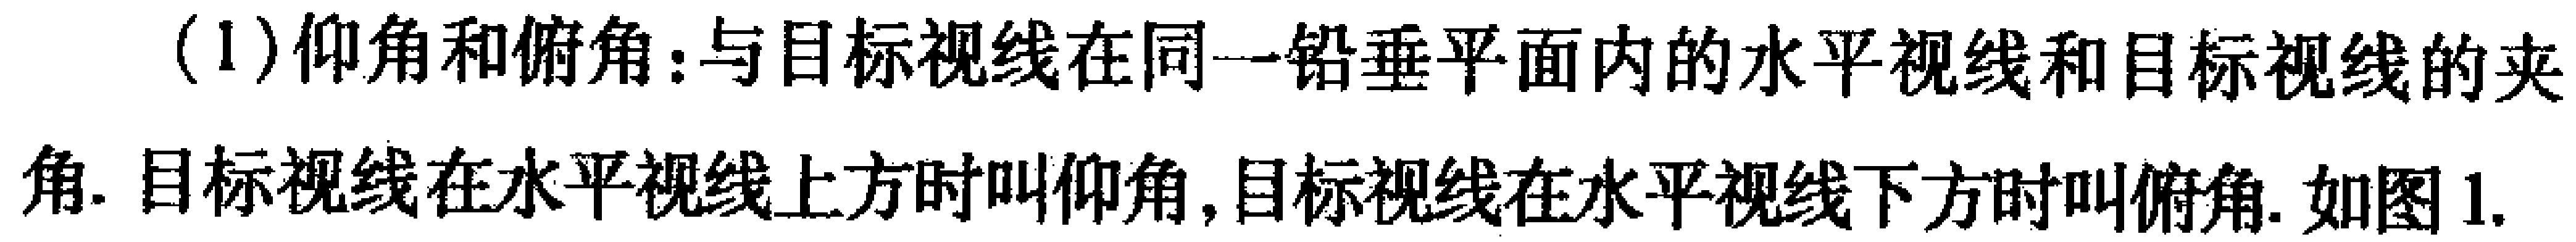
(1)仰角和俯角：与目标视线在同一铅垂平面内的水平视线和目标视线的夹角. 目标视线在水平视线上方时叫仰角,目标视线在水平视线下方时叫俯角. 如图1.